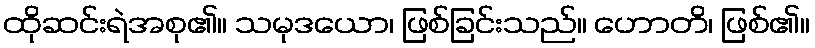
ထိုဆင်းရဲအစု၏။ သမုဒယော၊ ဖြစ်ခြင်းသည်။ ဟောတိ၊ ဖြစ်၏။